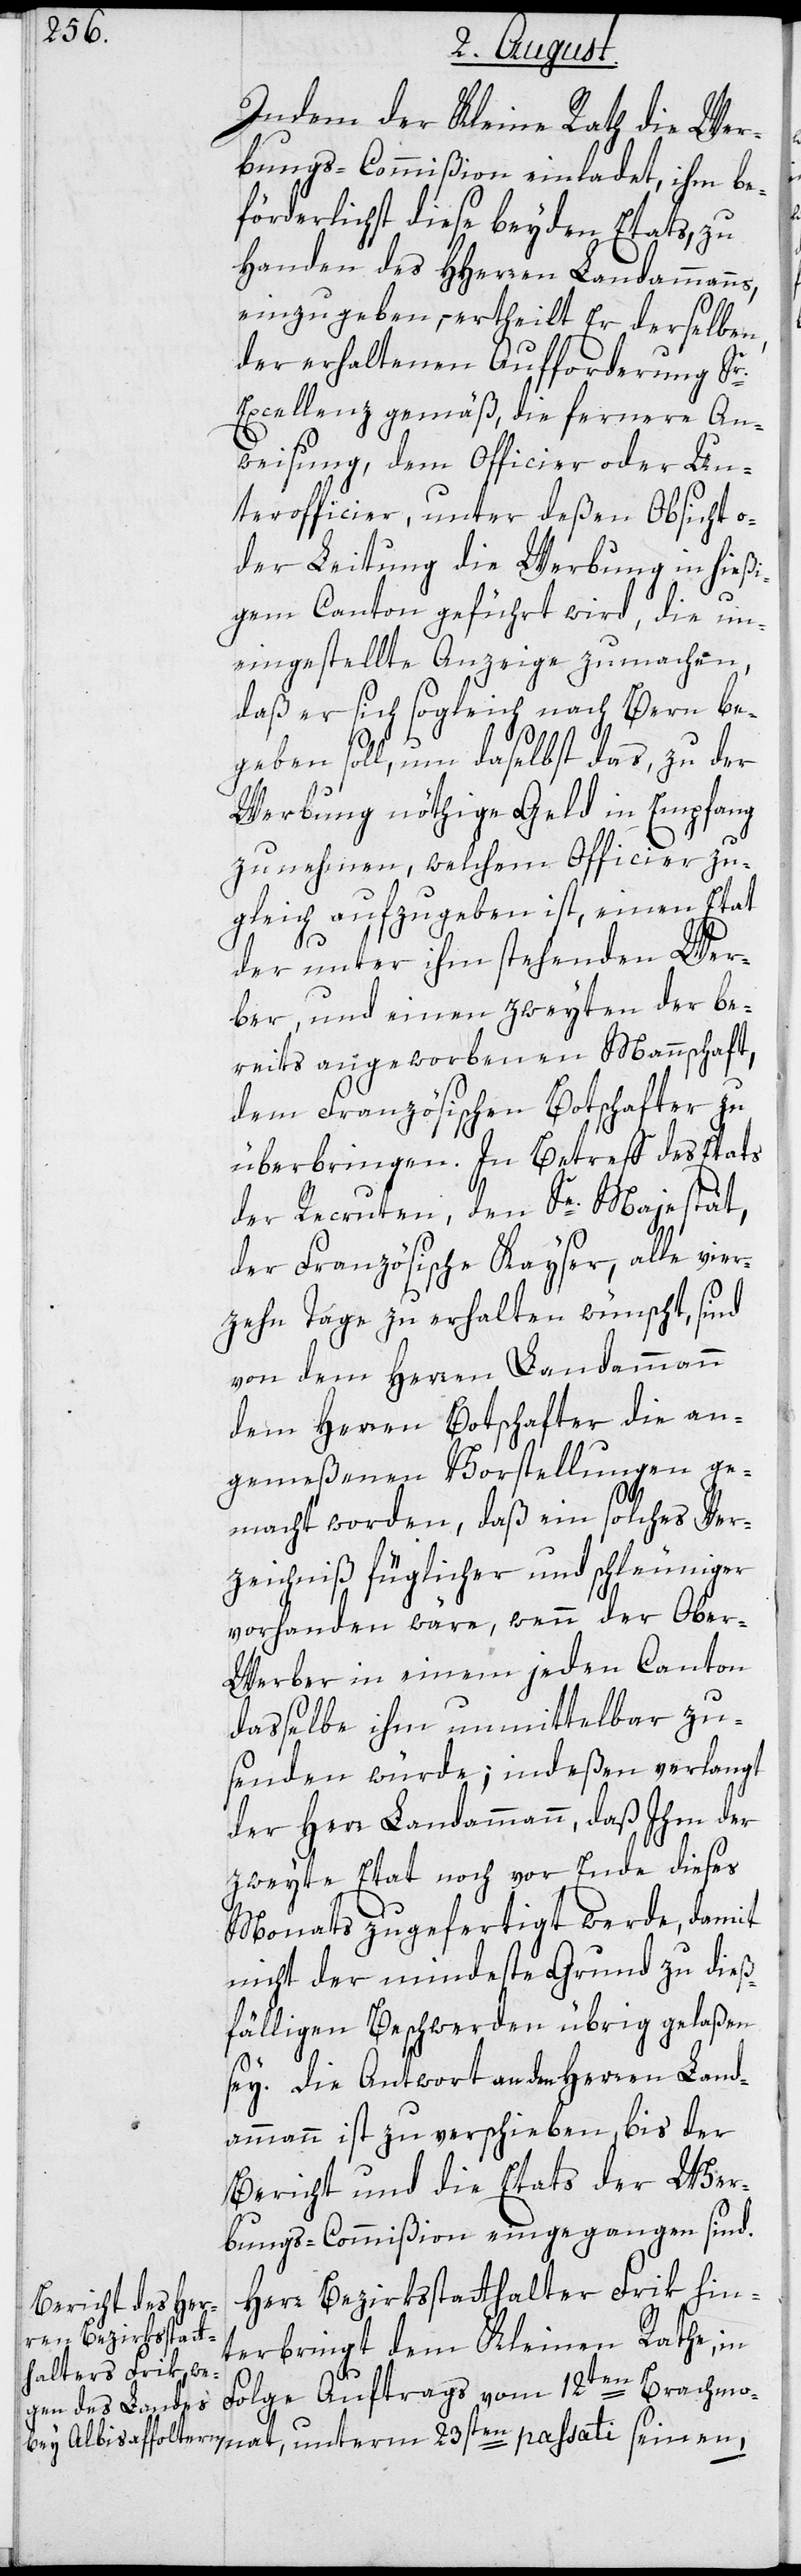
Indem der Kleine Rath die Wer¬
bungs-Commißion einladet, ihm be¬
förderlichst diese beyden Etats, zu
Handen des HHerren Landammann¬
einzugeben, – ertheilt Er derselben,
der erhaltenen Aufforderung Sr.
Excellenz gemäß, die fernere An¬
weisung, dem Officier oder Un¬
terofficier, unter deßen Absicht o¬
der Leitung die Werbung in hießi¬
gem Canton geführt wird, die un¬
eingestellte Anzeige zu machen,
daß er sich sogleich nach Bern be¬
geben soll, um daselbst das, zu der
Werbung nöthige Geld in Empfang
s,
zu nehmen, welchem Officier zu¬
gleich aufzugeben ist, einen Etat
der unter ihm stehenden Wer¬
ber, und einen zweyten der be¬
reits angeworbenen Mannschaft,
dem Französischen Botschafter zu
überbringen. In Betreff des Etats
der Recruten, den Se. Majestät,
der Französische Kayser, alle vier¬
zehn Tage zu erhalten wünscht, sind
von dem Herren Landammann
dem Herren Botschafter die an¬
gemeßenen Vorstellungen ge¬
nat,
macht worden, daß ein solches Ver¬
zeichniß füglicher und schleuniger
vorhanden wäre, wenn der Obe¬
r-Werber in einem jeden Canton
dasselbe ihm unmittelbar zu¬
senden würde; indeßen verlangt
der Herr Landammann, daß Ihm der
zweyte Etat noch vor Ende dieses
Monats zugefertigt werde, damit
nicht der mindeste Grund zu dieß¬
fälligen Beschwerden übrig gelaßen
sey. Die Antwort an den Herren Land¬
ammann ist zu verschieben, bis der
Bericht und die Etats der Wer¬
bungs-Commißion eingegangen sind.
Herr Bezirksstatthalter Frik hin¬
terbringt dem Kleinen Rathe, in
Brachmo¬
Folge Auftrags vom 12ten